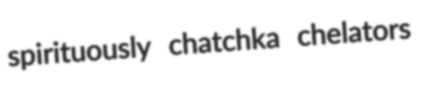
spirituously chatchka chelators